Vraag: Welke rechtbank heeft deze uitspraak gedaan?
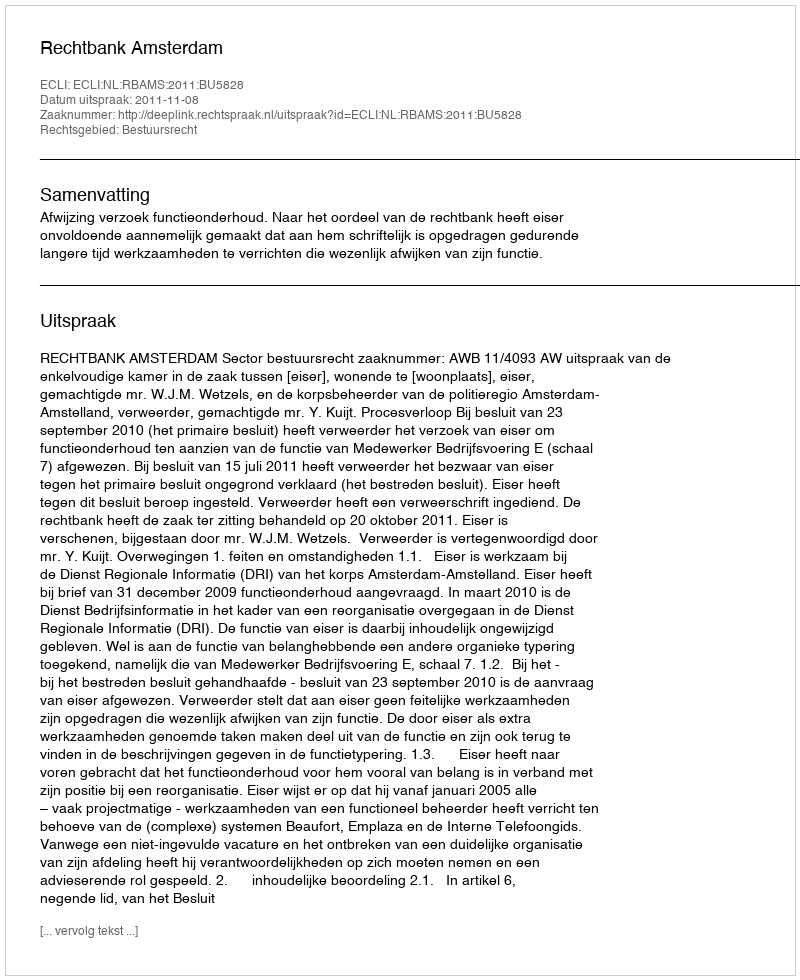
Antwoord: Rechtbank Amsterdam